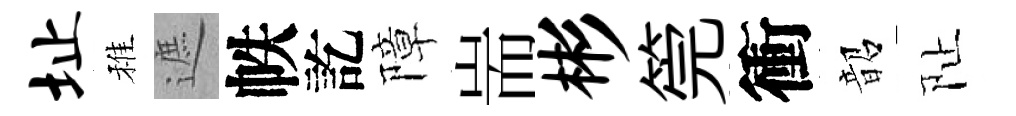
址稚遮帙訖障耑彬筦衝韶阯